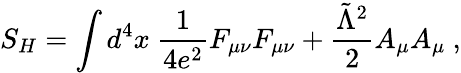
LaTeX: S_{H}=\int d^{4}x\ {\frac{1}{4e^{2}}}F_{\mu\nu}F_{\mu\nu}+{\frac{\tilde{\Lambda}^{2}}{2}}A_{\mu}A_{\mu}\ ,